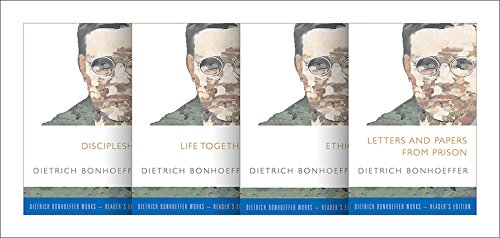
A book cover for Dietrich Bonhoeffer WorksEEReader's Edition Set; Dietrich Bonhoeffer; Christian Books & Bibles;